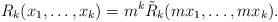
LaTeX: \begin{align*}R_k(x_1,\dots,x_k)=m^k\tilde{R}_k(mx_1,\dots,mx_k).\end{align*}